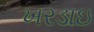
ખરડાઇ